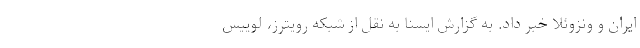
ایران و ونزوئلا خبر داد. به گزارش ایسنا به نقل از شبکه رویترز، لوییس